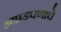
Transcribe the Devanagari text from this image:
भ्याडपणाचे